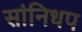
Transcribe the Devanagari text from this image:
सांनिधप